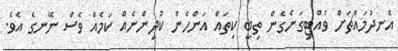
އެނދުމައްޗަށް ވެއްޓިގަނެގެން ތިބީ ކިތައް އަންހެން ކުދިންނެއް ކަމެއް ވެސް ނޭނގެ އެވެ.